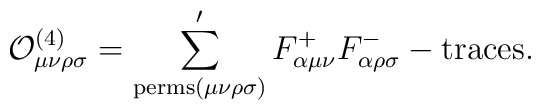
{\cal O}_{\mu \nu \rho \sigma }^{(4)}=\sum_{{\rm perms}(\mu \nu \rho \sigma)}^{\prime }F_{\alpha \mu \nu }^{+}F_{\alpha \rho \sigma }^{-}-{\rm traces}.